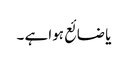
یا ضائع ہوا ہے ۔